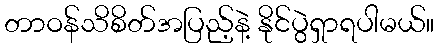
တာဝန်သိစိတ်အပြည့်နဲ့ နိုင်ပွဲရှာရပါမယ်။